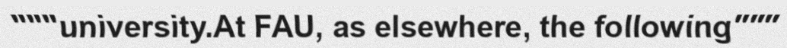
"""university.At FAU, as elsewhere, the following"""